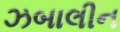
ઝબાલીન